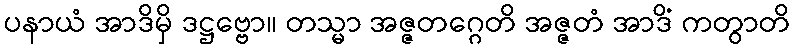
ပနာယံ အာဒိမှိ ဒဋ္ဌဗ္ဗော။ တသ္မာ အဇ္ဇတဂ္ဂေတိ အဇ္ဇတံ အာဒိံ ကတွာတိ